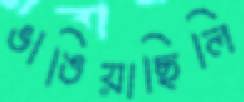
ভাঙিয়াছিলি